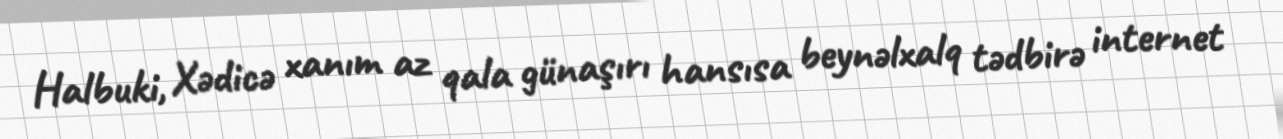
Halbuki, Xədicə xanım az qala günaşırı hansısa beynəlxalq tədbirə internet